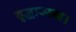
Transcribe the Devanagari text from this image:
वृद्धावस्था।